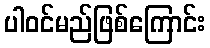
ပါဝင်မည်ဖြစ်ကြောင်း